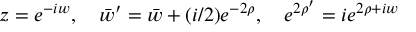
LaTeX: z = e ^ { - i w } , \quad \bar { w } ^ { \prime } = \bar { w } + ( i / 2 ) e ^ { - 2 \rho } , \quad e ^ { 2 \rho ^ { \prime } } = i e ^ { 2 \rho + i w }